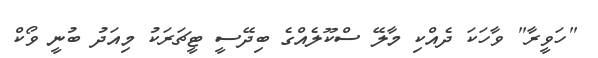
"ހަވީރާ" ވާހަކަ ދެއްކި މާލޭ ސްކޫލެއްގެ ބިދޭސީ ޓީޗަރަކު މިއަދު ބުނީ ވޯކް